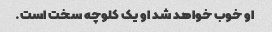
او خوب خواهد شد او یک کلوچه سخت است.